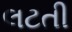
લટતી